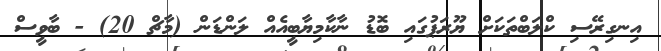
އިނގިރޭސި ކްލަބްތަކަށް ޔޫރަަޕުގައި ބޮޑު ނާކާމިޔާބީއެއް ލަންޑަން (މާޗް 20) - ބާވީސް